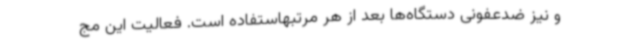
و نیز ضدعفونی دستگاه‌ها بعد از هر مرتبهاستفاده است. فعالیت این مج